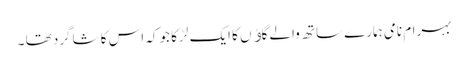
بہرام نامی ہمارے ساتھ والے گاﺅں کا ایک لڑکا جو کہ اس کا شاگرد تھا ۔